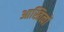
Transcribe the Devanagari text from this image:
आस्तित्वों